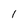
Character: I